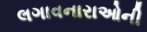
લગાવનારાઓની